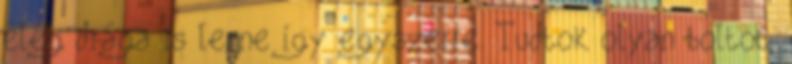
elég drága is lenne így egyszerre. Tudtok olyan boltot,